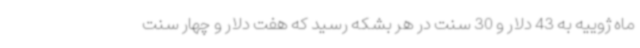
ماه ژوییه به 43 دلار و 30 سنت در هر بشکه رسید که هفت دلار و چهار سنت